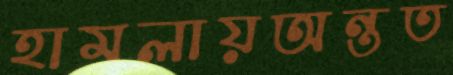
হামলায়অন্তত